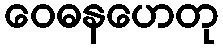
ဝေဓနဟေတု